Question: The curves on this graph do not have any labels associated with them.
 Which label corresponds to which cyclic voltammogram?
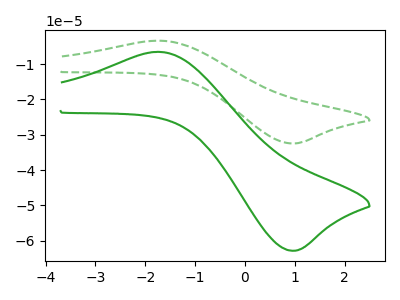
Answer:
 <answer>The green dashed curve does not have a label. The green curve does not have a label.</answer>
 <eval></eval>